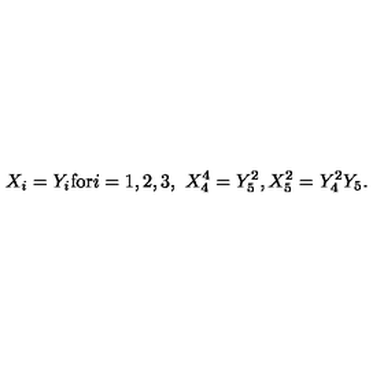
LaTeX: X _ { i } = Y _ { i } \mathrm { f o r } i = 1 , 2 , 3 , \ X _ { 4 } ^ { 4 } = Y _ { 5 } ^ { 2 } , X _ { 5 } ^ { 2 } = Y _ { 4 } ^ { 2 } Y _ { 5 } .